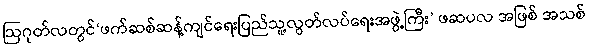
ဩဂုတ်လတွင်‘ဖက်ဆစ်ဆန့်ကျင်ရေးပြည်သူ့လွတ်လပ်ရေးအဖွဲ့ကြီး’ ဖဆပလ အဖြစ် အသစ်